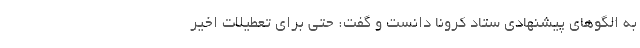
به الگوهای پیشنهادی ستاد کرونا دانست و گفت: حتی برای تعطیلات اخیر